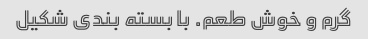
گرم و خوش طعم. با بسته بندی شکیل